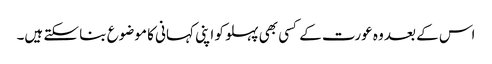
اس کے بعد وہ عورت کے کسی بھی پہلو کو اپنی کہانی کا موضوع بنا سکتے ہیں۔